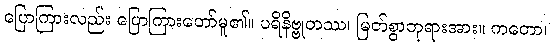
ပြောကြားလည်း ပြောကြားတော်မူ၏။ ပရိနိဗ္ဗုတဿ၊ မြတ်စွာဘုရားအား။ ကတော၊